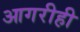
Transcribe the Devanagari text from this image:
आगरीही